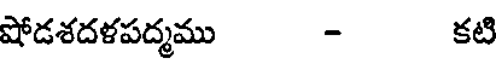
షోడశదళపద్మము - కటి